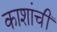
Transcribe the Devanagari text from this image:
काशांचीं